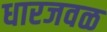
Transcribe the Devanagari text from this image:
धारजवळ